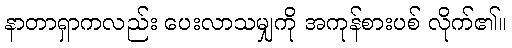
နာတာရှာကလည်း ပေးလာသမျှကို အကုန်စားပစ် လိုက်၏။